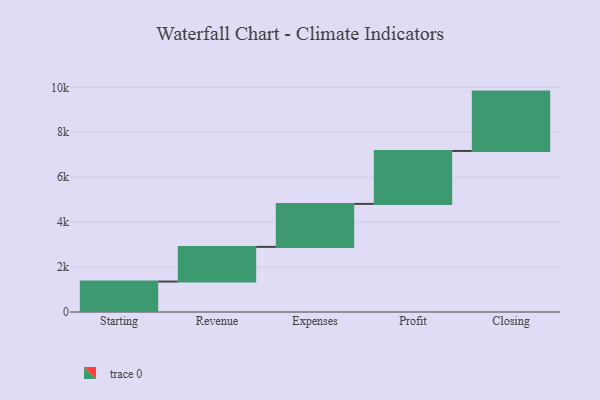
{"axis": {"x": "Step", "y": "Value"}, "legend": [""], "data": [{"x": "Starting", "y": 1355.0, "type": ""}, {"x": "Revenue", "y": 1543.0, "type": ""}, {"x": "Expenses", "y": 1913.0, "type": ""}, {"x": "Profit", "y": 2356.0, "type": ""}, {"x": "Closing", "y": 2642.0, "type": ""}]}